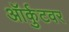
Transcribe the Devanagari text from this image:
ऑर्कुटवर